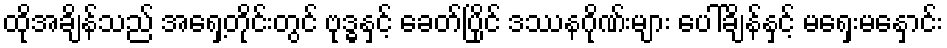
ထိုအချိန်သည် အရှေ့တိုင်းတွင် ဗုဒ္ဓနှင့် ခေတ်ပြိုင် ဒဿနဂိုဏ်းများ ပေါ်ချိန်နှင့် မရှေးမနှောင်း